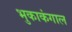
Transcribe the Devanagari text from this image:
भुकाकंगाल